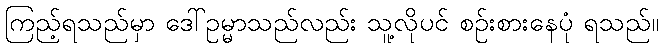
ကြည့်ရသည်မှာ ဒေါ်ဥမ္မာသည်လည်း သူ့လိုပင် စဉ်းစားနေပုံ ရသည်။